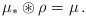
\begin{align*} \mu_\ast \circledast \rho = \mu\,. \end{align*}